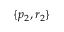
\{ p _ { 2 } , r _ { 2 } \}